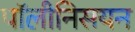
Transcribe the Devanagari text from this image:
पॉलीनिसयन